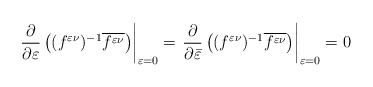
\begin{align*} \left.\frac{\partial}{\partial\varepsilon}\left( (f^{\varepsilon\nu})^{-1}\overline{f^{\varepsilon\nu}}\right)\right|_{\varepsilon=0}=\left.\frac{\partial}{\partial\bar{\varepsilon}}\left( (f^{\varepsilon\nu})^{-1}\overline{f^{\varepsilon\nu}}\right)\right|_{\varepsilon=0}=0\end{align*}